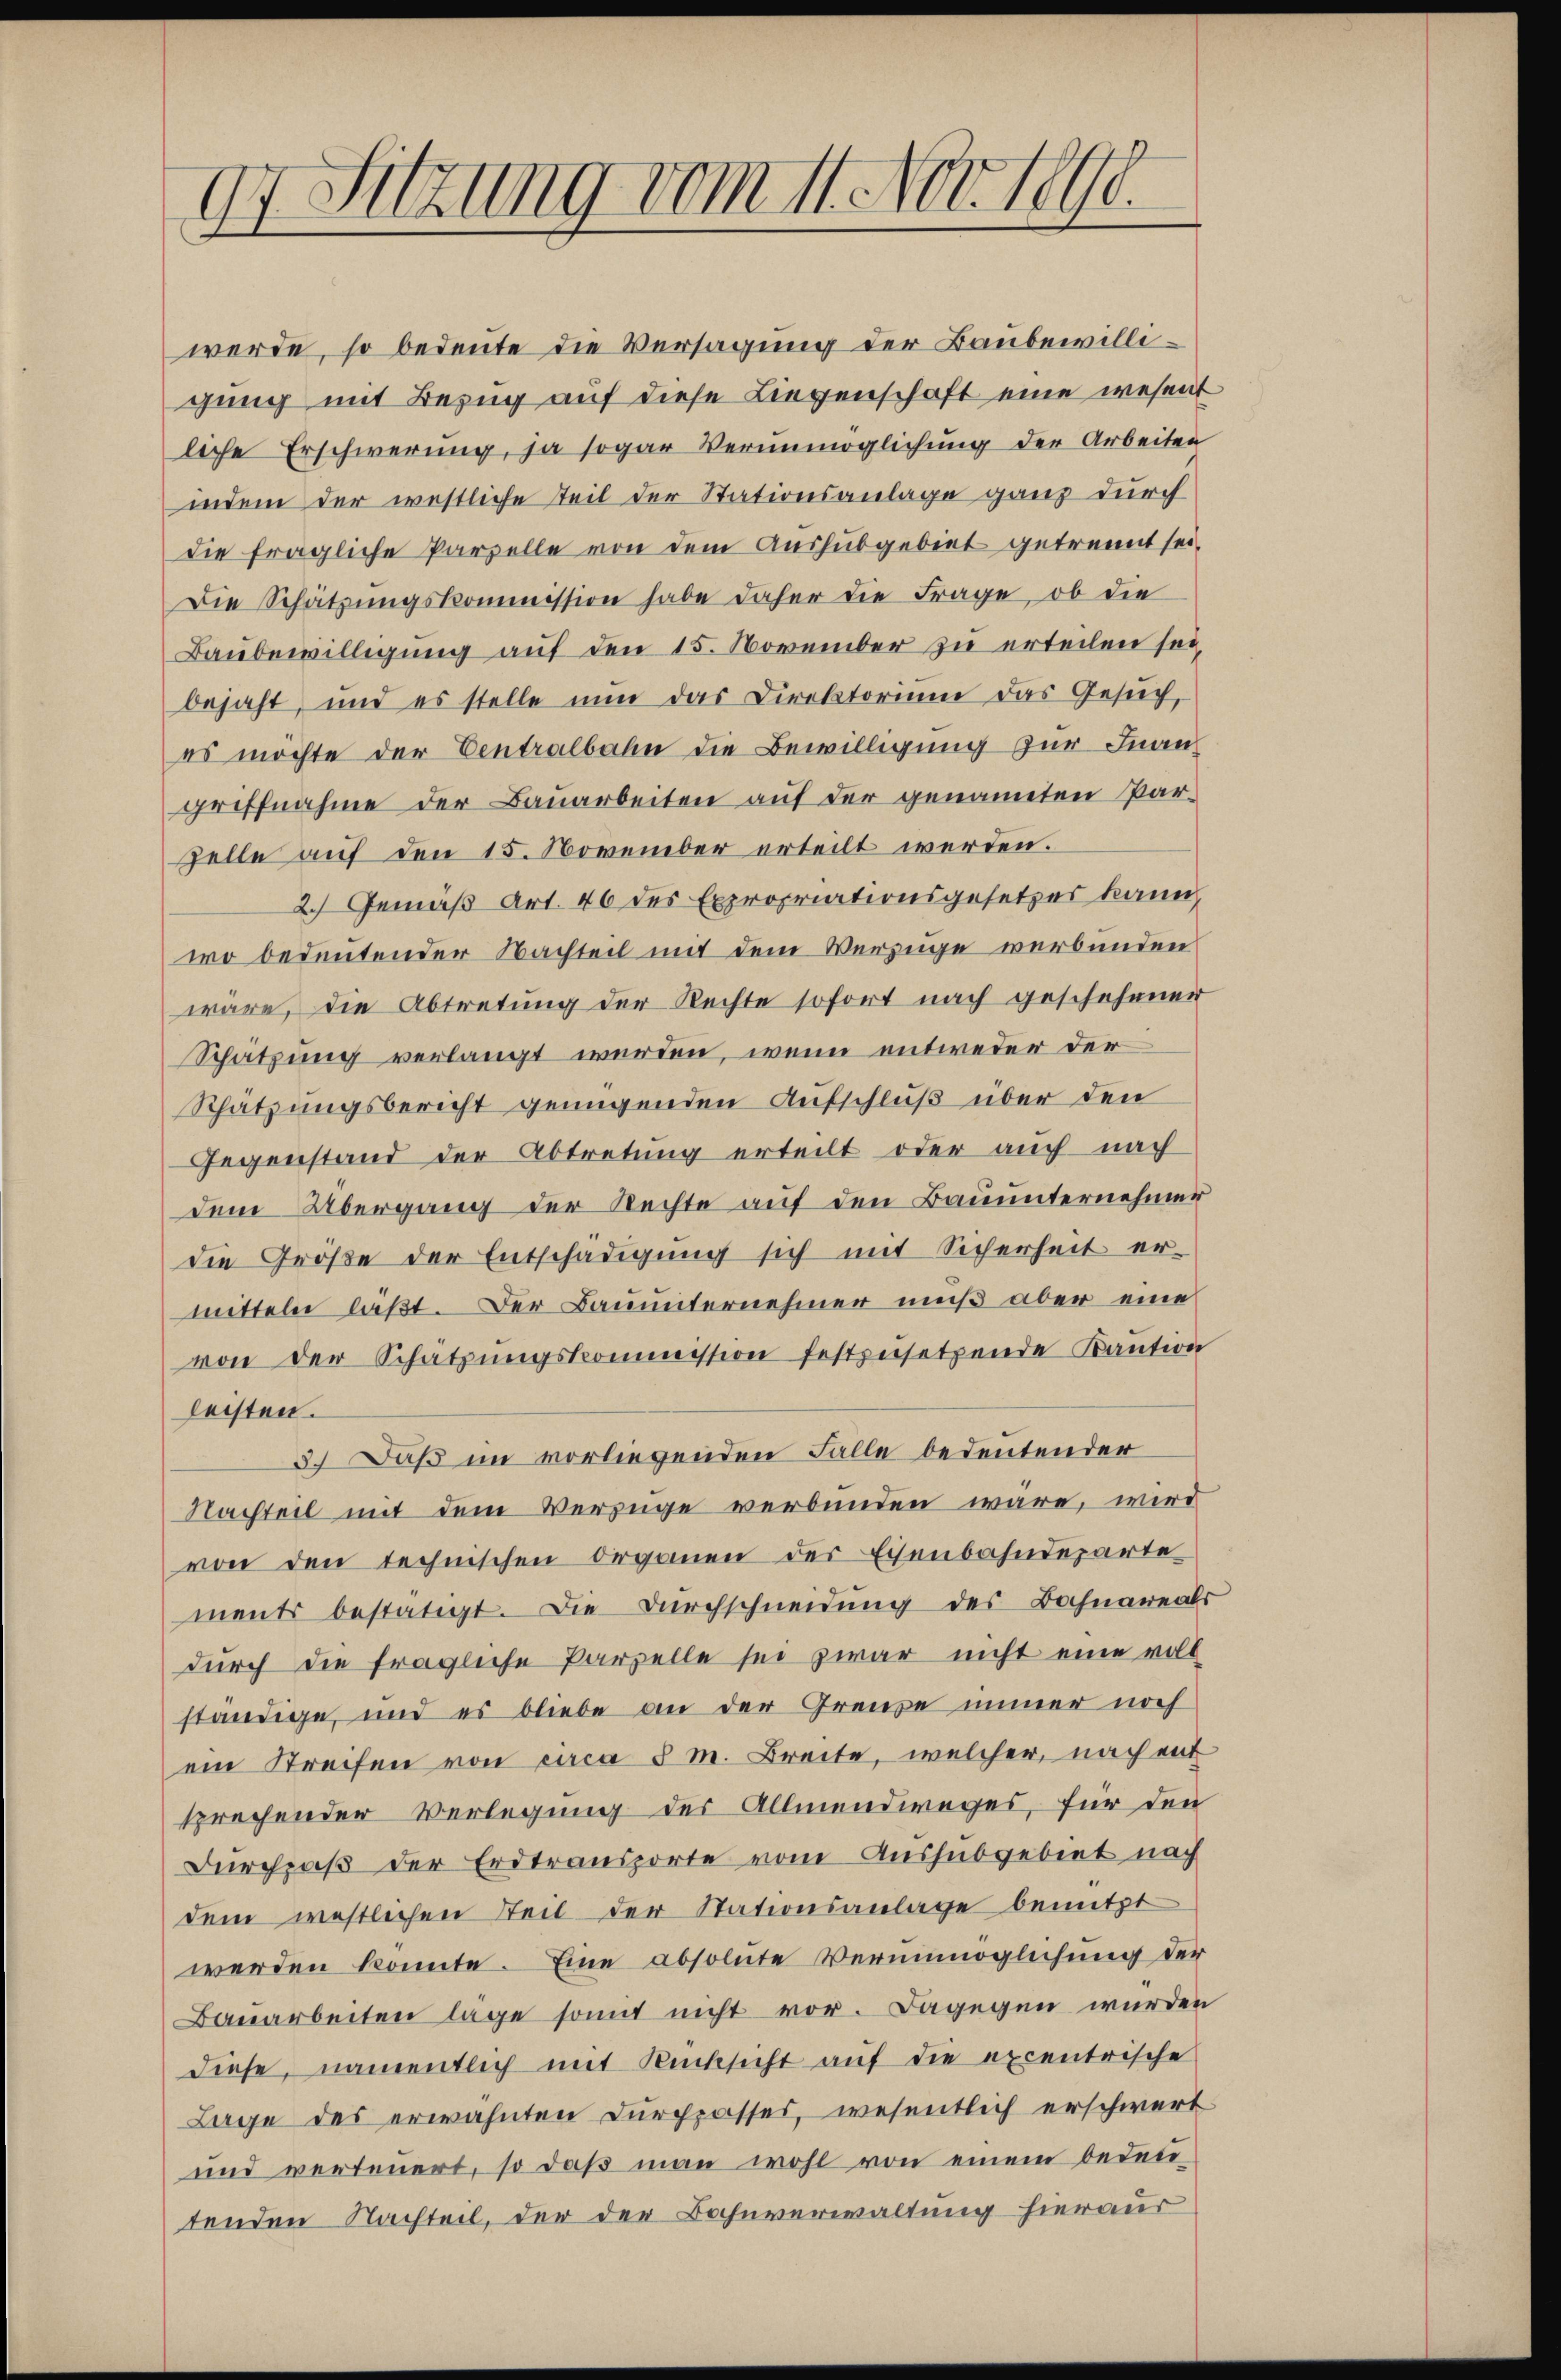
dr Sitzung vom 11. Nov. 1890.

werde, so bedeute die Versagung der Baubewilligung mit Bezug auf diese Liegenschaft eine wesent
liche Erschwerung, ja sogar Verunmöglichung der Arbeiten
indem der westliche Teil der Stationsanlage ganz durch
die fragliche Parzelle von dem Aushubgebiet getrannt sei.
Die Schätzungskommission habe daher die Frage, ob die
Baubewilligung auf den 15. November zu erteilen sei,
bejaht, und es stelle nŭn das Direktorium das Gesŭch,
es möchte der Centralbahn die Bewilligung zur Inangriffnahme der Bauarbeiten auf der genannten Par-
Zelle auf den 15. November erteilt werden.
2.) Gemäß Art. 46 des Expropriationsgesetzes kann,
wo bedeutender Nachteil mit dem Verzüge verbunden
wäre, die Abtretung der Rechte sofort nach geschehenen
Schätzung verlangt werden, wenn entweder der
Schätzungsbericht genügenden Aufschluß über den
Gegenstand der Abtretung erteilt oder auch nach
dem Übergang der Rechte auf den Bauunternehmer
die Größe der Entschädigung sich mit Sicherheit er-
mitteln läßt. Der Bauunternehmer muß aber eine
von der Schatzŭngskommission festzusetzende Kaution
leisten.
3.) Daß im vorliegenden Falle bedeutender
Nachteil mit dem Verzüge verbunden wäre, wird
von den technischen Organen der Eisenbahndeparte
ments bestätigt. Die Durchschneidung des Bahnareals
durch die fragliche Parzelle sei zwar nicht eine voll
ständige, und es bliebe an der Grenze immer noch
ein Streifen von circa 5 M. Breite, welcher, nach ent
sprechender Verlegung des Allmendweges, für den
Durchpaß der Erdtransporte vom Aushabgebiet nach
dem westlichen Teil der Stationsanlage benutzt
werden könnte. Eine absolute Verunmöglichung der
Bauarbeiten läge somit nicht vor. Dagegen wurden
diese, namentlich mit Rücksicht auf die excentrische
Lage des erwähnten Durppasses, wesentlich erschwert
und verteuert, so daß man wohl von einem bedeu-
tenden Nachteil, der der Bahnverwaltung hieraus